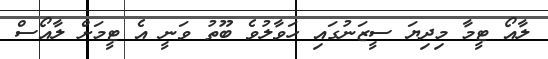
ލާއޯ ޓީމާ މިދިިޔަ ސީޒަނުގައި ހަވާލުވެ ބޫތު ވަނީ އެ ޓީމަށް ލާއޯސް